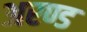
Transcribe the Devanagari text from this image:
अरण्ड